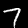
Label: 7